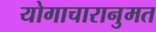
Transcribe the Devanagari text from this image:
योगाचारानुमत